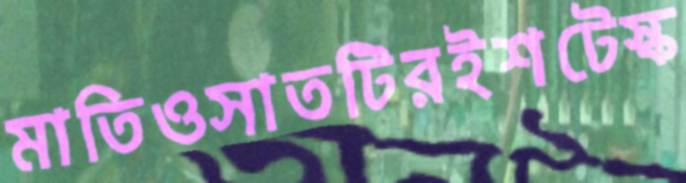
মাতিওসাতটিরইশটেস্ক